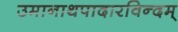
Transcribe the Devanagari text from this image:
उमानाथपादारविन्दम्